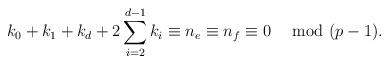
LaTeX: \begin{align*}k_0+k_1+k_d+2\sum_{i=2}^{d-1}k_i\equiv n_e\equiv n_f\equiv 0\quad\mbox{ mod }(p-1).\end{align*}